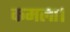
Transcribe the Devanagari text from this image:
कमला।